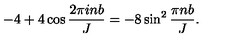
- 4 + 4 \cos \frac { 2 \pi i n b } { J } = - 8 \sin ^ { 2 } \frac { \pi n b } { J } .